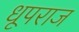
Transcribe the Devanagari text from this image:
धूपराज